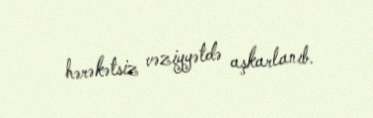
hərəkətsiz vəziyyətdə aşkarlanıb.